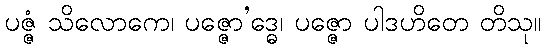
ပဇ္ဇံ သိလောကေ၊ ပဇ္ဇော’ဒ္ဓေ၊ ပဇ္ဇော ပါဒဟိတေ တိသု။